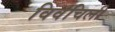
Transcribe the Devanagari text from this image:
विवंचिली